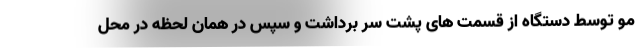
مو توسط دستگاه از قسمت های پشت سر برداشت و سپس در همان لحظه در محل